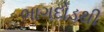
ભાગદોડથી